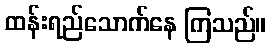
ထန်းရည်သောက်နေ ကြသည်။